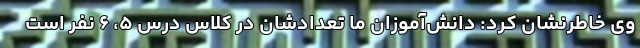
وی خاطرنشان کرد: دانش‌آموزان ما تعدادشان در کلاس درس ۵، ۶ نفر است